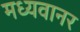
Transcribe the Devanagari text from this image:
मध्यवानर